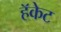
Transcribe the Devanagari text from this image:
हॅकेट